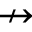
\nrightarrow